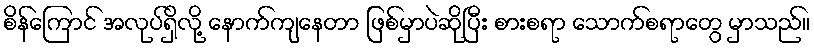
စိန်ကြောင် အလုပ်ရှိလို့ နောက်ကျနေတာ ဖြစ်မှာပဲဆိုပြီး စားစရာ သောက်စရာတွေ မှာသည်။